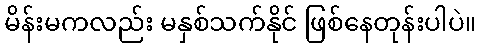
မိန်းမကလည်း မနှစ်သက်နိုင် ဖြစ်နေတုန်းပါပဲ။